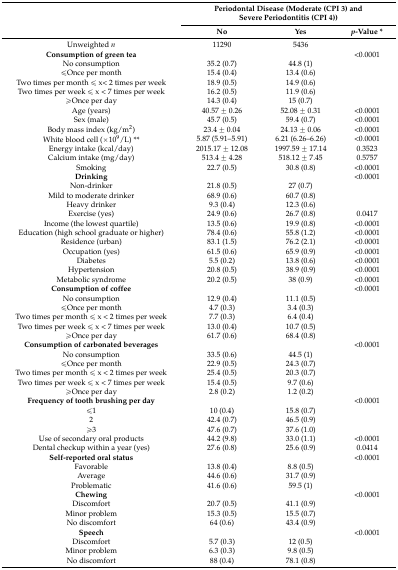
<table><thead><tr><td rowspan="2"></td><td colspan="3"><b>Periodontal Disease (Moderate (CPI 3) and Severe Periodontitis (CPI 4))</b></td></tr><tr><td><b>No</b></td><td><b>Yes</b></td><td><b><i>p</i>-Value *</b></td></tr></thead><tbody><tr><td>Unweighted <i>n</i></td><td>11290</td><td>5436</td><td></td></tr><tr><td><b>Consumption of green tea</b></td><td></td><td></td><td>&lt;0.0001</td></tr><tr><td>No consumption</td><td>35.2 (0.7)</td><td>44.8 (1)</td><td></td></tr><tr><td>≤Once per month</td><td>15.4 (0.4)</td><td>13.4 (0.6)</td><td></td></tr><tr><td>Two times per month ≤ x&lt; 2 times per week</td><td>18.9 (0.5)</td><td>14.9 (0.6)</td><td></td></tr><tr><td>Two times per week ≤ x &lt; 7 times per week</td><td>16.2 (0.5)</td><td>11.9 (0.6)</td><td></td></tr><tr><td>≥Once per day</td><td>14.3 (0.4)</td><td>15 (0.7)</td><td></td></tr><tr><td>Age (years)</td><td>40.57 ± 0.26</td><td>52.08 ± 0.31</td><td>&lt;0.0001</td></tr><tr><td>Sex (male)</td><td>45.7 (0.5)</td><td>59.4 (0.7)</td><td>&lt;0.0001</td></tr><tr><td>Body mass index (kg/m<sup>2</sup>)</td><td>23.4 ± 0.04</td><td>24.13 ± 0.06</td><td>&lt;0.0001</td></tr><tr><td>White blood cell (×10<sup>9</sup>/L) **</td><td>5.87 (5.91–5.91)</td><td>6.21 (6.26–6.26)</td><td>&lt;0.0001</td></tr><tr><td>Energy intake (kcal/day)</td><td>2015.17 ± 12.08</td><td>1997.59 ± 17.14</td><td>0.3523</td></tr><tr><td>Calcium intake (mg/day)</td><td>513.4 ± 4.28</td><td>518.12 ± 7.45</td><td>0.5757</td></tr><tr><td>Smoking</td><td>22.7 (0.5)</td><td>30.8 (0.8)</td><td>&lt;0.0001</td></tr><tr><td><b>Drinking</b></td><td></td><td></td><td>&lt;0.0001</td></tr><tr><td>Non-drinker</td><td>21.8 (0.5)</td><td>27 (0.7)</td><td></td></tr><tr><td>Mild to moderate drinker</td><td>68.9 (0.6)</td><td>60.7 (0.8)</td><td></td></tr><tr><td>Heavy drinker</td><td>9.3 (0.4)</td><td>12.3 (0.6)</td><td></td></tr><tr><td>Exercise (yes)</td><td>24.9 (0.6)</td><td>26.7 (0.8)</td><td>0.0417</td></tr><tr><td>Income (the lowest quartile)</td><td>13.5 (0.6)</td><td>19.9 (0.8)</td><td>&lt;0.0001</td></tr><tr><td>Education (high school graduate or higher)</td><td>78.4 (0.6)</td><td>55.8 (1.2)</td><td>&lt;0.0001</td></tr><tr><td>Residence (urban)</td><td>83.1 (1.5)</td><td>76.2 (2.1)</td><td>&lt;0.0001</td></tr><tr><td>Occupation (yes)</td><td>61.5 (0.6)</td><td>65.9 (0.9)</td><td>&lt;0.0001</td></tr><tr><td>Diabetes</td><td>5.5 (0.2)</td><td>13.8 (0.6)</td><td>&lt;0.0001</td></tr><tr><td>Hypertension</td><td>20.8 (0.5)</td><td>38.9 (0.9)</td><td>&lt;0.0001</td></tr><tr><td>Metabolic syndrome</td><td>20.2 (0.5)</td><td>38 (0.9)</td><td>&lt;0.0001</td></tr><tr><td><b>Consumption of coffee</b></td><td></td><td></td><td>&lt;0.0001</td></tr><tr><td>No consumption</td><td>12.9 (0.4)</td><td>11.1 (0.5)</td><td></td></tr><tr><td>≤Once per month</td><td>4.7 (0.3)</td><td>3.4 (0.3)</td><td></td></tr><tr><td>Two times per month ≤ x &lt; 2 times per week</td><td>7.7 (0.3)</td><td>6.4 (0.4)</td><td></td></tr><tr><td>Two times per week ≤ x &lt; 7 times per week</td><td>13.0 (0.4)</td><td>10.7 (0.5)</td><td></td></tr><tr><td>≥Once per day</td><td>61.7 (0.6)</td><td>68.4 (0.8)</td><td></td></tr><tr><td><b>Consumption of carbonated beverages</b></td><td></td><td></td><td>&lt;0.0001</td></tr><tr><td>No consumption</td><td>33.5 (0.6)</td><td>44.5 (1)</td><td></td></tr><tr><td>≤Once per month</td><td>22.9 (0.5)</td><td>24.3 (0.7)</td><td></td></tr><tr><td>Two times per month ≤ x &lt; 2 times per week</td><td>25.4 (0.5)</td><td>20.3 (0.7)</td><td></td></tr><tr><td>Two times per week ≤ x &lt; 7 times per week</td><td>15.4 (0.5)</td><td>9.7 (0.6)</td><td></td></tr><tr><td>≥Once per day</td><td>2.8 (0.2)</td><td>1.2 (0.2)</td><td></td></tr><tr><td><b>Frequency of tooth brushing per day</b></td><td></td><td></td><td>&lt;0.0001</td></tr><tr><td>≤1</td><td>10 (0.4)</td><td>15.8 (0.7)</td><td></td></tr><tr><td>2</td><td>42.4 (0.7)</td><td>46.5 (0.9)</td><td></td></tr><tr><td>≥3</td><td>47.6 (0.7)</td><td>37.6 (1.0)</td><td></td></tr><tr><td>Use of secondary oral products</td><td>44.2 (9.8)</td><td>33.0 (1.1)</td><td>&lt;0.0001</td></tr><tr><td>Dental checkup within a year (yes)</td><td>27.6 (0.8)</td><td>25.6 (0.9)</td><td>0.0414</td></tr><tr><td><b>Self-reported oral status</b></td><td></td><td></td><td>&lt;0.0001</td></tr><tr><td>Favorable</td><td>13.8 (0.4)</td><td>8.8 (0.5)</td><td></td></tr><tr><td>Average</td><td>44.6 (0.6)</td><td>31.7 (0.9)</td><td></td></tr><tr><td>Problematic</td><td>41.6 (0.6)</td><td>59.5 (1)</td><td></td></tr><tr><td><b>Chewing</b></td><td></td><td></td><td>&lt;0.0001</td></tr><tr><td>Discomfort</td><td>20.7 (0.5)</td><td>41.1 (0.9)</td><td></td></tr><tr><td>Minor problem</td><td>15.3 (0.5)</td><td>15.5 (0.7)</td><td></td></tr><tr><td>No discomfort</td><td>64 (0.6)</td><td>43.4 (0.9)</td><td></td></tr><tr><td><b>Speech</b></td><td></td><td></td><td>&lt;0.0001</td></tr><tr><td>Discomfort</td><td>5.7 (0.3)</td><td>12 (0.5)</td><td></td></tr><tr><td>Minor problem</td><td>6.3 (0.3)</td><td>9.8 (0.5)</td><td></td></tr><tr><td>No discomfort</td><td>88 (0.4)</td><td>78.1 (0.8)</td><td></td></tr></tbody></table>